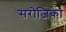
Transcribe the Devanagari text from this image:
सरोजिका